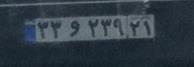
۳۳و۲۳۹۲۱